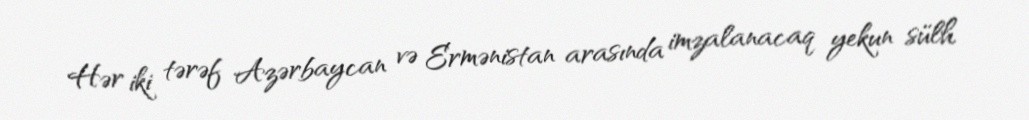
Hər iki tərəf Azərbaycan və Ermənistan arasında imzalanacaq yekun sülh